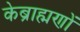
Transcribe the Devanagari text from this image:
केब्राह्मणों